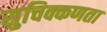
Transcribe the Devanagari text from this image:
सुचिक्कणता